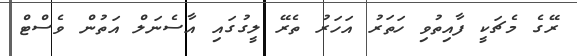
ރޭގެ މެޗަކީ ފާއިތުވި ހަތަރު އަހަރު ތެރޭ ލީގުގައި އާސެނަލް އަތުން ވެސްޓް